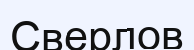
Сверлов